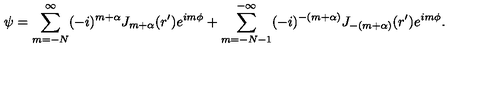
\psi = \sum _ { m = - N } ^ { \infty } ( - i ) ^ { m + \alpha } J _ { m + \alpha } ( r ^ { \prime } ) e ^ { i m \phi } + \sum _ { m = - N - 1 } ^ { - \infty } ( - i ) ^ { - ( m + \alpha ) } J _ { - ( m + \alpha ) } ( r ^ { \prime } ) e ^ { i m \phi } .